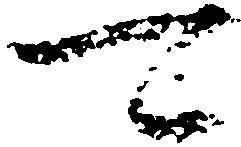
可